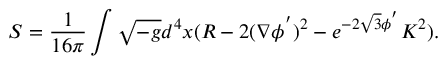
S = \frac { 1 } { 1 6 \pi } \int \sqrt { - g } d ^ { 4 } x ( R - 2 ( \nabla \phi ^ { ' } ) ^ { 2 } - e ^ { - 2 \sqrt { 3 } \phi ^ { ' } } K ^ { 2 } ) .